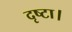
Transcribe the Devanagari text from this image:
दृष्टा।